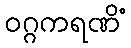
ဝဂ္ဂကရဏိံ